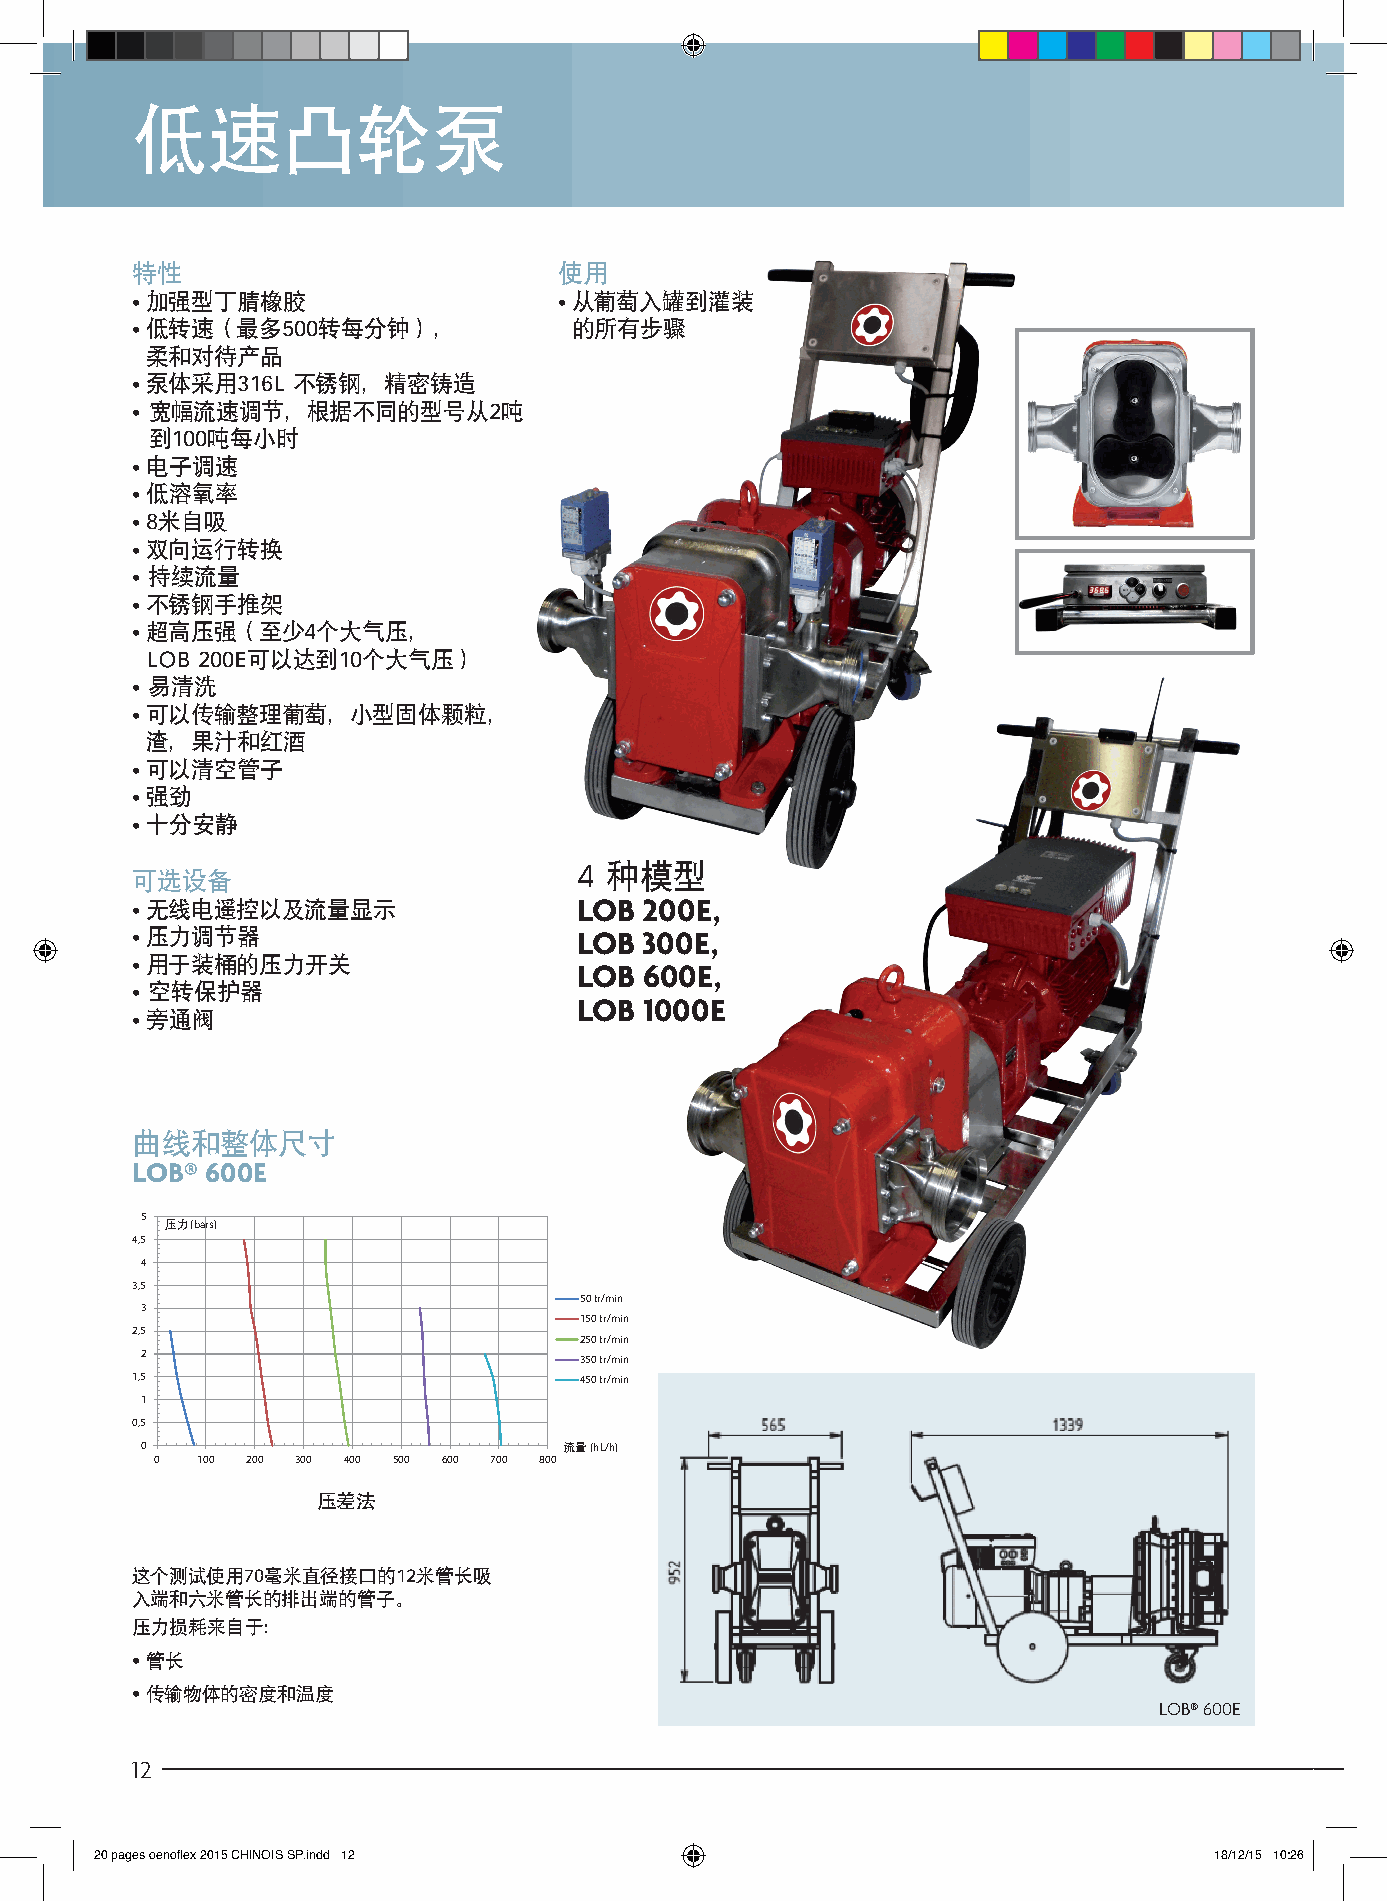
低速凸轮泵
 特性                          使用
 • 加强型丁腈橡胶                   • 从 葡萄入罐到灌装
 • 低 转速（最多500转每分钟），           的所有步骤
 柔和对待产品
 • 泵体采用316L 不锈钢，精密铸造
 • 宽幅流速调节，根据不同的型号从2吨
 到100吨每小时
 • 电子调速
 • 低溶氧率
 • 8米自吸
 • 双向运行转换
 • 持续流量
 • 不锈钢手推架
 • 超高压强（至少4个大气压，
 LOB 200E可以达到10个大气压）
 • 易清洗
 • 可 以传输整理葡萄，小型固体颗粒，
 渣，果汁和红酒
 • 可以清空管子
 • 强劲
 • 十分安静
 4 种模型
 可选设备
 • 无线电遥控以及流量显示                LOB  200E,
 • 压力调节器                      LOB  300E,
 • 用于装桶的压力开关
 LOB  600E,
 • 空转保护器
 LOB  1000E
 • 旁通阀
 曲线和整体尺寸
 LOB® 600E
 5
 压力 (bars)
 4,5
 4
 3,5
 50 tr/min
 3
 150 tr/min
 2,5
 250 tr/min
 2                            350 tr/min
 1,5                          450 tr/min
 1
 0,5
 0                           流量 (hL/h)
 0  100 200 300 400 500 600 700 800
 压差法
 这个测试使用70毫米直径接口的12米管长吸
 入端和六米管长的排出端的管子。
 压力损耗来自于：
 • 管长
 • 传输物体的密度和温度
 LOB® 600E
 12
 20 pages oenoflex 2015 CHINOIS SP.indd 12                                 18/12/15 10:26